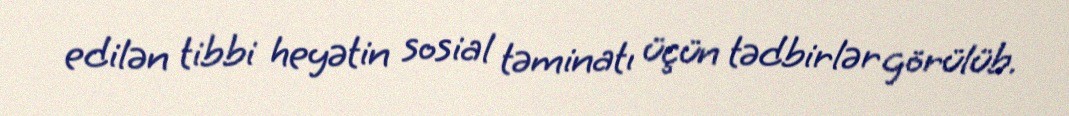
edilən tibbi heyətin sosial təminatı üçün tədbirlər görülüb.